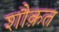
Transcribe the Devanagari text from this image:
शौक़त